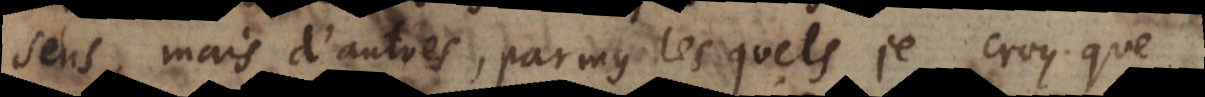
sens, mais d’autres, parmy lesquels je croy que